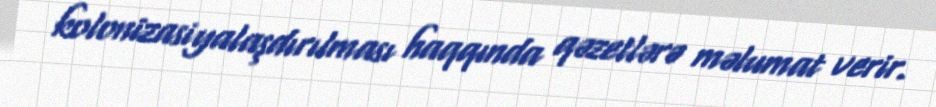
kolonizasiyalaşdırılması haqqında qəzetlərə məlumat verir.